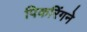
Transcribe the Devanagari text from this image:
पिकरिंगने